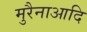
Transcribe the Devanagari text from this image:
मुरैनाआदि